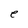
Character: e